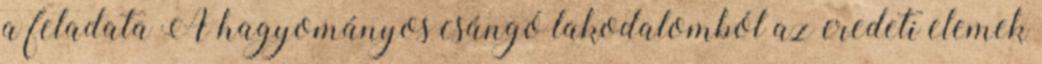
a feladata A hagyományos csángó lakodalomból az eredeti elemek